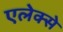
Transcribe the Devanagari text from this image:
एलेक्से